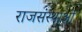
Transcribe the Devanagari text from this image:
राजसंस्थाओं